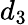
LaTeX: d_{3}